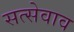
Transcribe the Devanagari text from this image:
सत्सेवाव